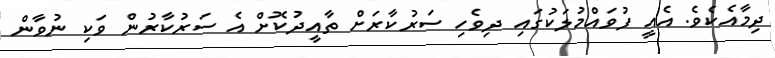
ދިމާއެކެވެ. އެއީ ފުވައްމުލަކުގައި ދިވެހި ސަރުކާރަށް ތާއީދުކޮށް އެ ސަރުކާރުން ވަކި ނުވާން